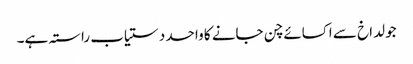
جو لداخ سے اکسائے چن جانے کا واحد دستیاب راستہ ہے۔